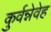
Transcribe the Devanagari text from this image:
कुर्वन्नेवेह